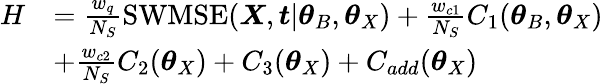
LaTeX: \begin{array}{rl}{H}&{=\frac{w_{q}}{N_{S}}\mathrm{SWMSE}(\boldsymbol{X},\boldsymbol{t}|\boldsymbol{\theta}_{B},\boldsymbol{\theta}_{X})+\frac{w_{c1}}{N_{S}}C_{1}(\boldsymbol{\theta}_{B},\boldsymbol{\theta}_{X})}\\ &{+\frac{w_{c2}}{N_{S}}C_{2}(\boldsymbol{\theta}_{X})+C_{3}(\boldsymbol{\theta}_{X})+C_{add}(\boldsymbol{\theta}_{X})}\end{array}